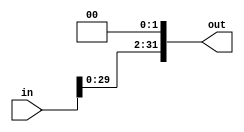
module shift_left_2(
    input wire [31:0] in,
    output wire [31:0] out
);
    assign out = in << 2; // desloca o valor de in duas casas pra esquerda com zeros, ou seja, multiplica por 4

endmodule